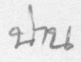
น่าน